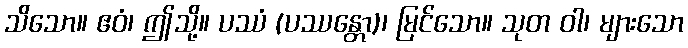
သိသော။ ဧဝံ၊ ဤသို့။ ပဿံ (ပဿန္တော)၊ မြင်သော။ သုတ ဝါ၊ များသော